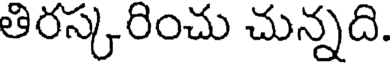
తిరస్కరించు చున్నది.